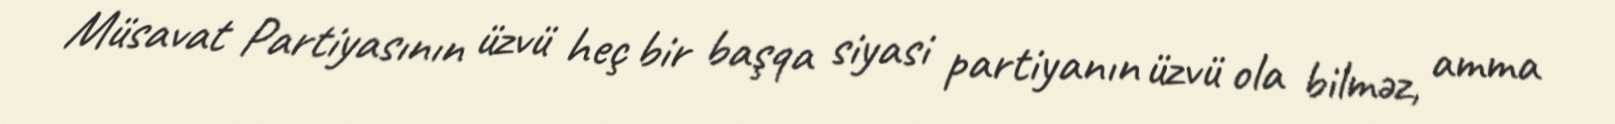
Müsavat Partiyasının üzvü heç bir başqa siyasi partiyanın üzvü ola bilməz, amma